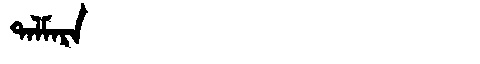
Manchu: ᡨᠠᠯᠮᠠᡵᠠ
Romanization: TALMARA